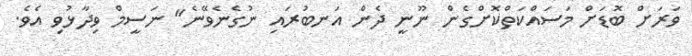
ވަރަށް ބޮޑަށް މަސައްކަތްކޮށްގެން ނޫނީ ދެން އަނބުރައި ނުގެނެވޭނެ" ނަސީމް ވިދާޅުވި އެވެ.